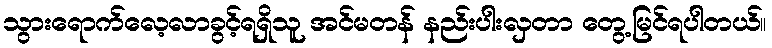
သွားရောက်လေ့လာခွင့်ရရှိသူ အင်မတန် နည်းပါးလှတာ တွေ့မြင်ရပါတယ်။